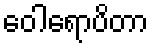
ဝေါရောပိတာ